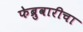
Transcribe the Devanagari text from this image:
फेब्रुवारीचा